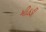
મીઠડી